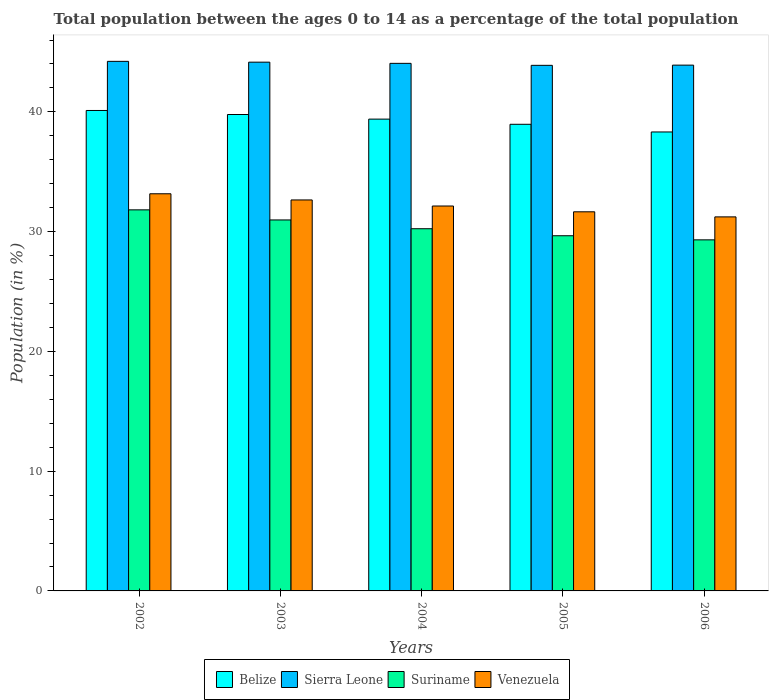
| Years | Belize | Sierra Leone | Suriname | Venezuela |
 | --- | --- | --- | --- | --- |
 | 2002 | 40.1 | 44.2 | 31.8 | 33.2 |
 | 2003 | 39.8 | 44.2 | 31 | 32.6 |
 | 2004 | 39.4 | 44.1 | 30.2 | 32.1 |
 | 2005 | 39 | 43.9 | 29.7 | 31.7 |
 | 2006 | 38.3 | 43.9 | 29.3 | 31.2 |